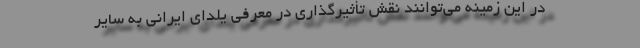
در این زمینه می‌توانند نقش تأثیرگذاری در معرفی یلدای ایرانی به سایر